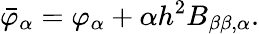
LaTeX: \bar{\varphi}_{\alpha}=\varphi_{\alpha}+\alpha h^{2}B_{\beta\beta,\alpha}.